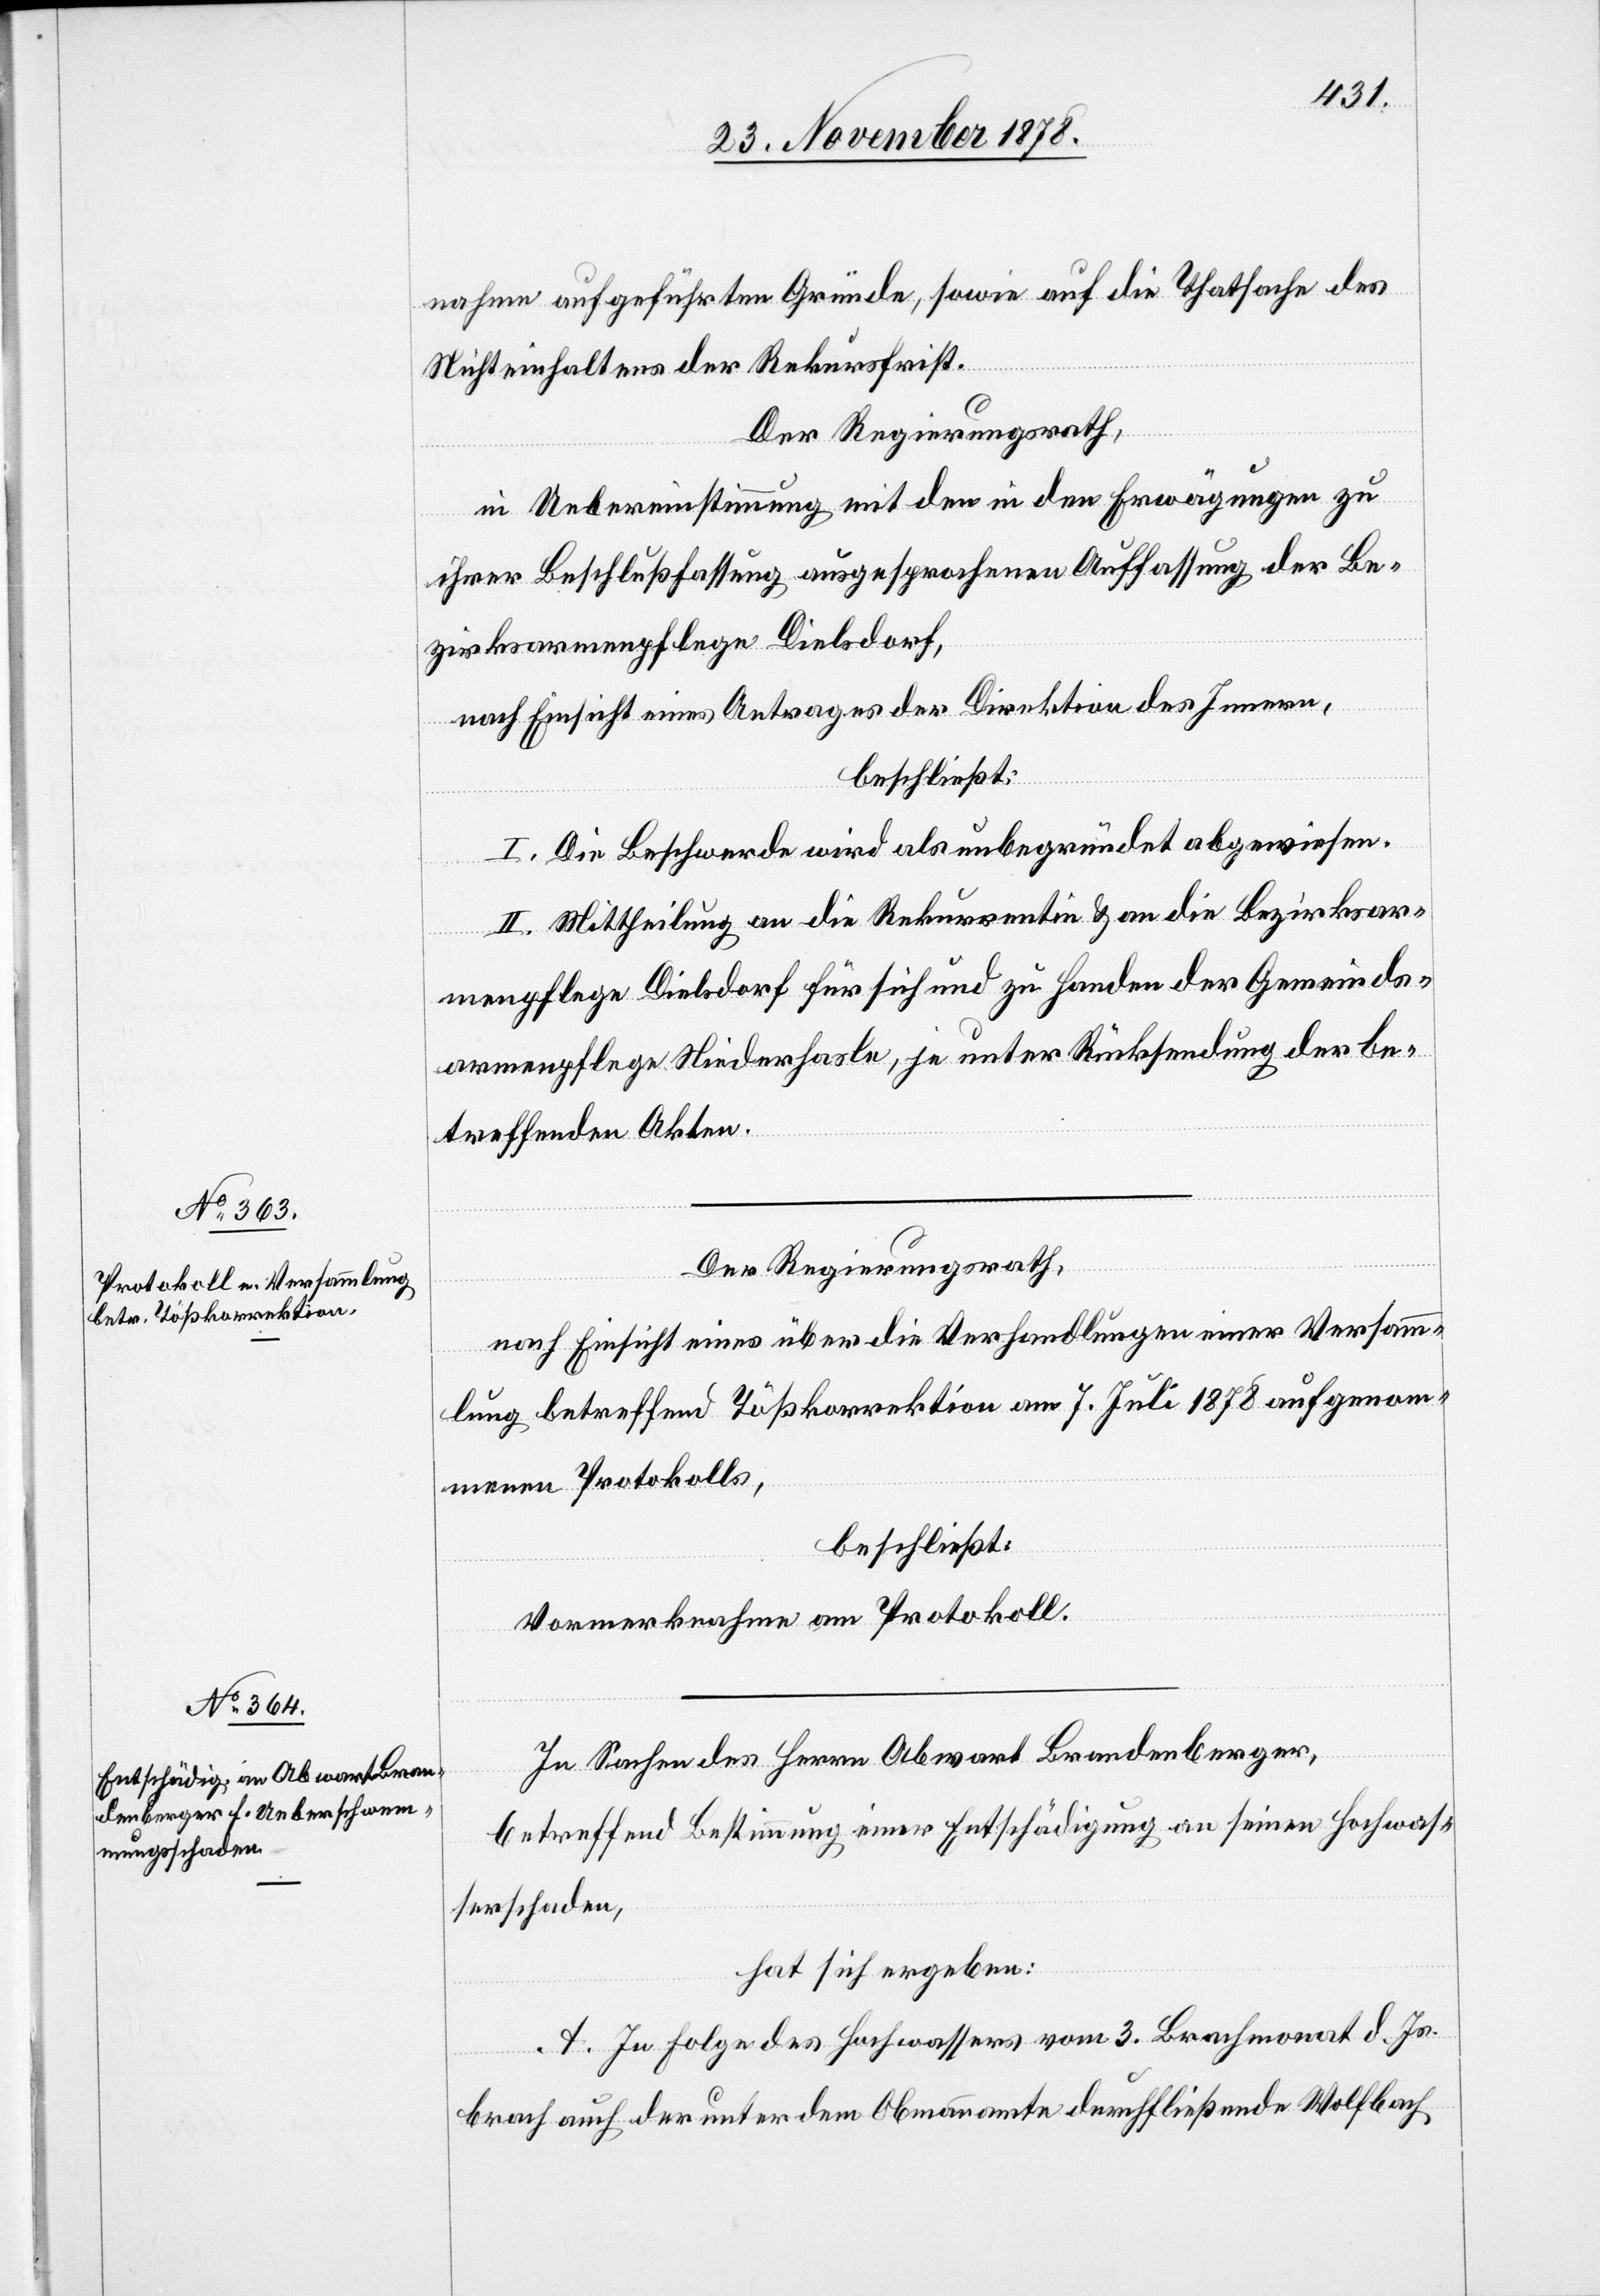
nahme aufgeführten Gründe, sowie auf die Thatsache des
Nichteinhalters der Rekursfrist.
Der Regierungsrath,
in Uebereinstimmung mit den in den Erwägungen zu
ihrer Beschlußfassung ausgesprochenen Auffassung der Be¬
zirksarmenpflege Dielsdorf,
nach Einsicht eines Antrages der Direktion des Innern,
beschließt:
I. Die Beschwerde wird als unbegründet abgewiesen.
II. Mittheilung an die Rekurrentin & an die Bezirksar¬
menpflege Dielsdorf für sich und zu Handen der Gemeinds¬
armenpflege Niederhasle, je unter Rücksendung der be¬
treffenden Akten.
Der Regierungsrath,
nach Einsicht eines über die Verhandlungen einer Versamm¬
lung betreffend Tößkorrektion am 7. Juli 1878 aufgenom¬
menen Protokolls,
beschließt:
Vormerknahme am Protokoll.
In Sachen des Herrn Abwart Brandenberger,
betreffend Bestimmung einer Entschädigung an seinen Hochwas¬
serschaden,
hat sich ergeben:
A. In Folge des Hochwassers vom 3. Brachmonat d. Js.
brach auch der unter dem Obmannamte durchfließende Wolfbach